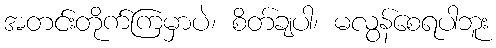
အတင်းတိုက်ကြမှာပဲ၊ စိတ်ချပါ၊ မလွန်စေရပါဘူး